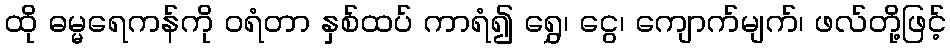
ထို ဓမ္မရေကန်ကို ဝရံတာ နှစ်ထပ် ကာရံ၍ ရွှေ၊ ငွေ၊ ကျောက်မျက်၊ ဖလ်တို့ဖြင့်